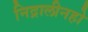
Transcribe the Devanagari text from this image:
निद्रालीनहो